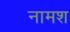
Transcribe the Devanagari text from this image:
नामश